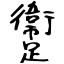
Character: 躛